Vaccine operations Central Provinces & Berar 1912-1920 - 1912-1920
Year: 1912
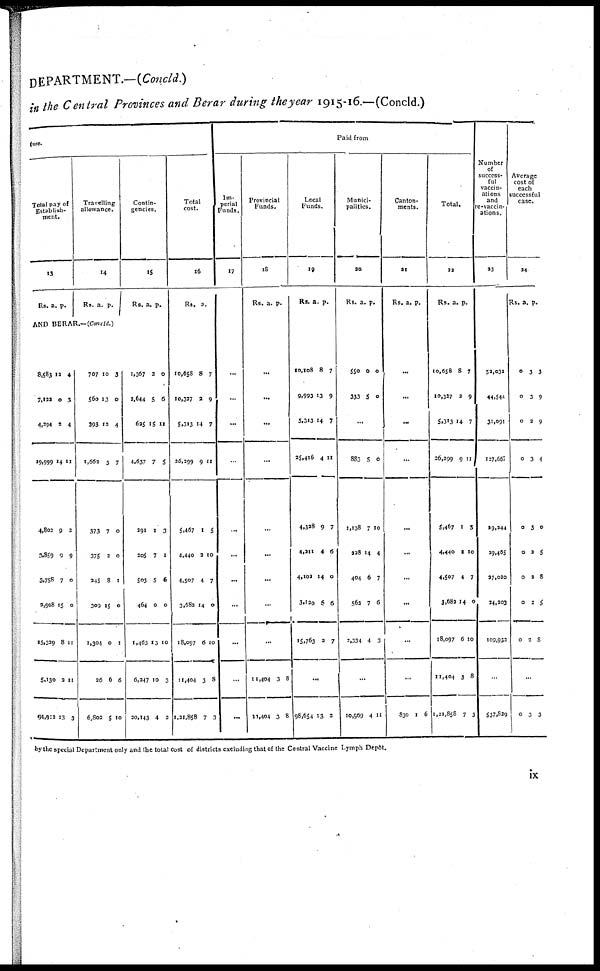
DEPARTMENT.—(Concld.)
in the Central Provinces and Berar during the year 1915-16.—(Concld.)
ture.
Total pay of
Establish-
ment.
13
Rs. a.
p.
Travelling
allowance.
14
Rs. a.
p.
AND BERAR.—(Concld.)
8,583
7,122
4,294
19,999
4,802
3,859
3,758
2,908
15,329
5,130
94,912
12
0
2
14
9
9
7
15
8
3
13
4
3
4
11
2
9
0
0
11
11
3
707
560
393
1,662
373
375
245
309
l,304
26
6,802
10
13
12
3
7
2
8
15
0
6
5
3
0
4
7
0
0
1
0
1
6
10
Contin-
gencies.
15
Rs. a. p.
1,367
2,644
625
4,637
291
205
503
464
1,463
6,247
20,143
2
5
15
7
1
7
5
0
13
10
4
0
6
11
5
3
1
6
0
10
3
2
Total
cost.
16
Rs. a. p.
10,658
10,327
5,313
26,299
5,467
4,440
4,507
3,682
18,097
11,404
1,21,858
8
2
14
9
1
2
4
14
6
3
7
7
9
7
11
5
10
7
0
10
8
3
Paid from
Im-
perial
Funds.
17
...
...
...
...
...
...
...
...
...
...
...
Provincial
Funds.
18
Rs. a. p.
...
...
...
...
...
...
...
...
...
11,404
11,404
3
3
8
8
Local
Funds.
19
Rs. a. p.
10,108
9,993
5,313
25,416
4,328
4,311
4,102
3,120
15,763
8
13
14
4
9
4
14
6
2
7
9
7
11
7
6
0
6
7
...
98,654 13 3
Munici-
palities.
20
Rs. a. p.
550
333
0
5
0
0
...
883
1,138
228
404
563
2,334
5
7
14
6
7
4
0
10
4
7
6
3
...
10,969 4 11
Canton-
ments.
21
Rs. a. p.
...
...
...
...
...
...
...
...
...
...
830 1
6
Total.
22
Rs. a. p.
10,658
10,327
5,313
26,299
5,467
4,440
4,507
3,682
18,097
11,404
1,21,858
8
2
14
9
1
2
4
14
6
3
7
7
9
7
11
5
10
7
0
10
8
3
Number
of
success-
ful
vaccin-
ations
and
re-vaccin-
ations.
23
52,032
44,544
31,091
127,667
29,244
29,465
27,020
24,203
109,932
...
537,829
Average
cost of
each
successful
case.
24
Rs. a.
p.
0
0
0
0
0
0
0
0
0
3
3
2
3
3
2
2
2
2
3
9
9
4
0
5
8
5
8
...
0 3 3
by the special Department only and the total cost of districts excluding that of the Central Vaccine Lymph Depot.
ix